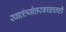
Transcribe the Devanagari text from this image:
स्वातंत्र्योत्तरकाळातही